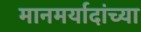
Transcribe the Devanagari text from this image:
मानमर्यादांच्या